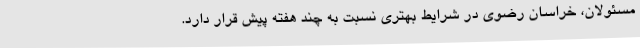
مسئولان، خراسان رضوی در شرایط بهتری نسبت به چند هفته پیش قرار دارد.